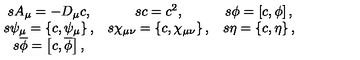
\begin{array} { c c c } { s A _ { \mu } = - D _ { \mu } c , } & { s c = c ^ { 2 } , } & { s \phi = \left[ c , \phi \right] , } \\ { s \psi _ { \mu } = \left\{ c , \psi _ { \mu } \right\} , } & { s \chi _ { \mu \nu } = \left\{ c , \chi _ { \mu \nu } \right\} , } & { s \eta = \left\{ c , \eta \right\} , } \\ { s \overline { { \phi } } = \left[ c , \overline { { \phi } } \right] , } & { } & { } \\ \end{array}